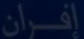
إفران